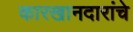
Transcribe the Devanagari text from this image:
कारखानदारांचे